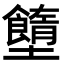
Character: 𡓷